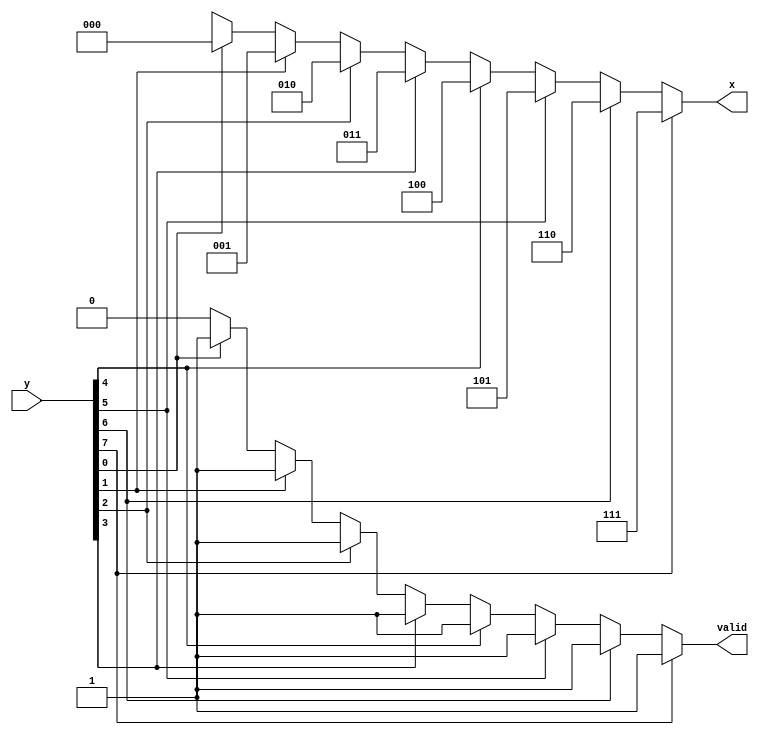
module priority_enc(y,x,valid);

	input [7:0]y;
	output reg[2:0]x;
	output reg valid;

always@(*)
begin
	valid=1'b1;
	case(1'b1)
	y[7]:x=3'b111;
	y[6]:x=3'b110;
	y[5]:x=3'b101;
	y[4]:x=3'b100;
	y[3]:x=3'b011;
	y[2]:x=3'b010;
	y[1]:x=3'b001;
	y[0]:x=3'b000;
	default:begin
			x=3'bx;
			valid=1'b0;
		end
	endcase
end

endmodule